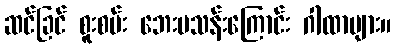
ဆင်ခြင် စူးစမ်း ဘေးမသန်းကြောင်း ဂါထာများ။